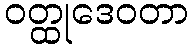
ဝတ္ထုဒေဝတာ